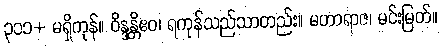
၃၁၁+ မရှိကုန်။ ဝိန္ဒန္တိဧဝ၊ ရကုန်သည်သာတည်း။ မဟာရာဇ၊ မင်းမြတ်။